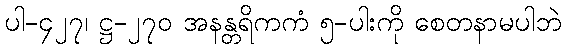
ပါ-၄၂၇၊ ဋ္ဌ-၂၇၀ အနန္တရိကကံ ၅-ပါးကို စေတနာမပါဘဲ